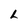
Character: L